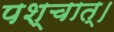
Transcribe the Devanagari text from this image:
पश्चात्‌।